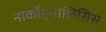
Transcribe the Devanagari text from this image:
नार्कोएनालिसिस